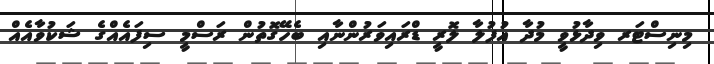
މިނިސްޓަރ ވިދާޅުވީ މުދާ އުފުލާ ލޮރީ ޑްރައިވަރުންނާއި ބެހޭގޮތުން ރަސްމީ ސިފައެއްގެ ޝަކުވާއެއް